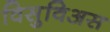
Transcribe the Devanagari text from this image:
विसुविअस